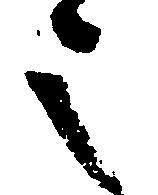
之